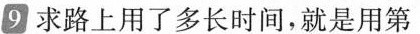
9求路上用了多长时间，就是用第